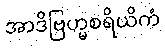
အာဒိဗြဟ္မစရိယိကံ